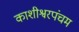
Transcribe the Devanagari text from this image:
काशीश्वरपंचम